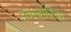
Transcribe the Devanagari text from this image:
उत्तरदायित्तव